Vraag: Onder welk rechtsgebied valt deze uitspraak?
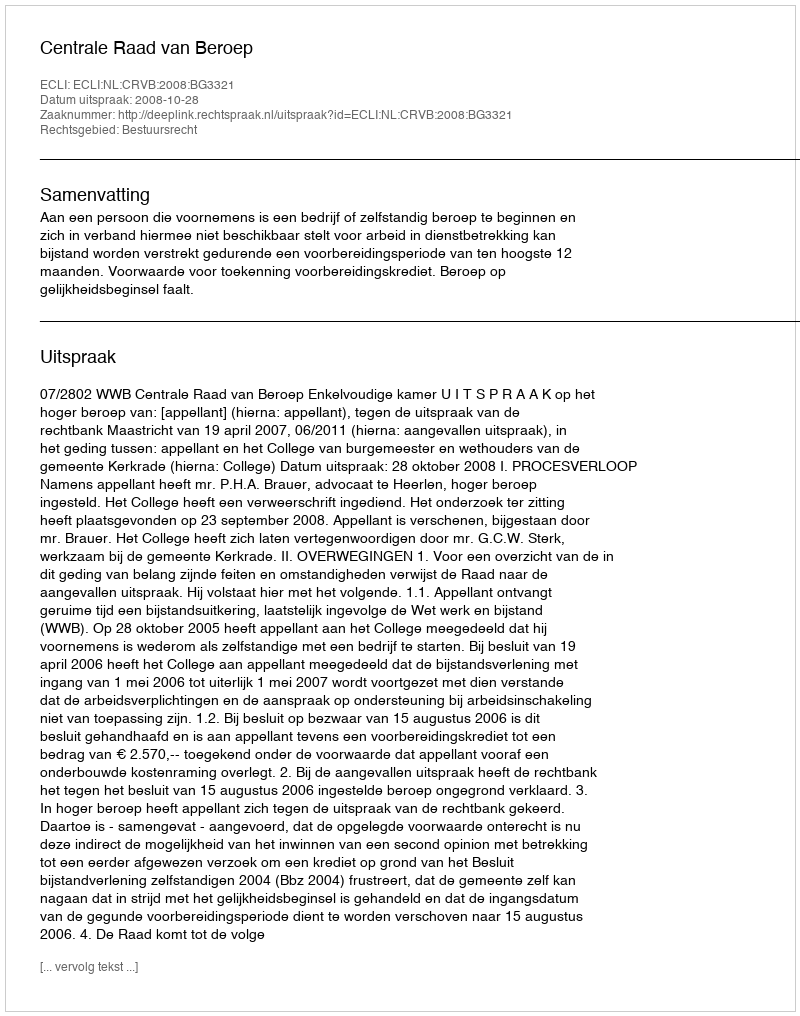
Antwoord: Bestuursrecht